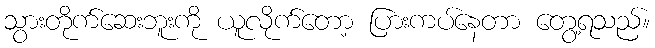
သွားတိုက်ဆေးဘူးကို ယူလိုက်တော့ ပြားကပ်နေတာ တွေ့ရသည်။